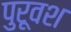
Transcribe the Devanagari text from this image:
पुरूवश